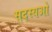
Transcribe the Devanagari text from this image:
सदस्यओ